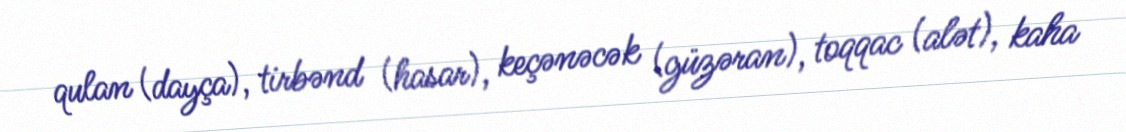
qulan (dayça), tirbənd (hasar), keçənəcək (güzəran), toqqac (alət), kaha